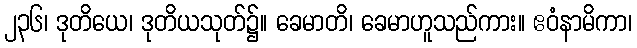
၂၃၆၊ ဒုတိယေ၊ ဒုတိယသုတ်၌။ ခေမာတိ၊ ခေမာဟူသည်ကား။ ဧဝံနာမိကာ၊